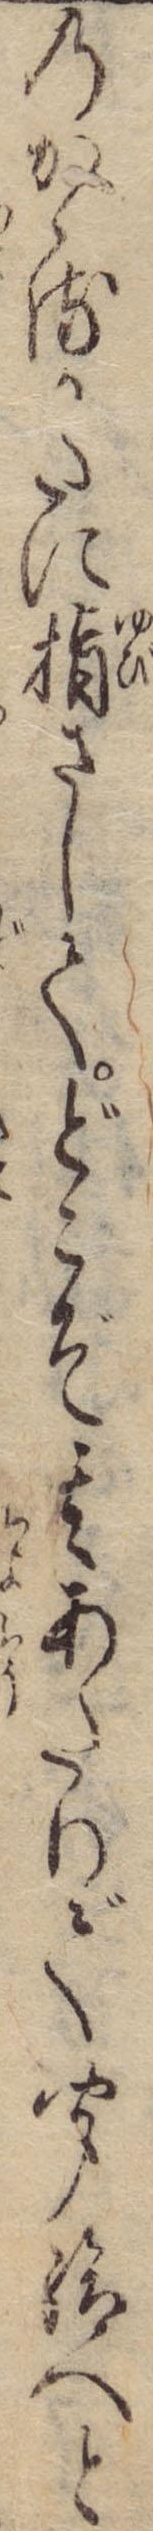
のかゝるかたに指さしてどこぞ其あたりで聞給へと